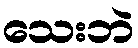
သေးဘဲ